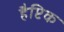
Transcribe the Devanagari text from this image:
हैप्टिक